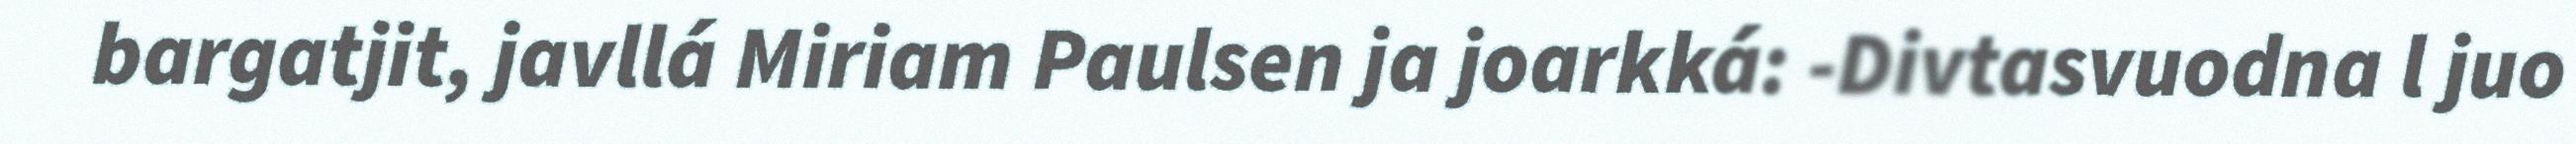
bargatjit, javllá Miriam Paulsen ja joarkká: -Divtasvuodna l juo